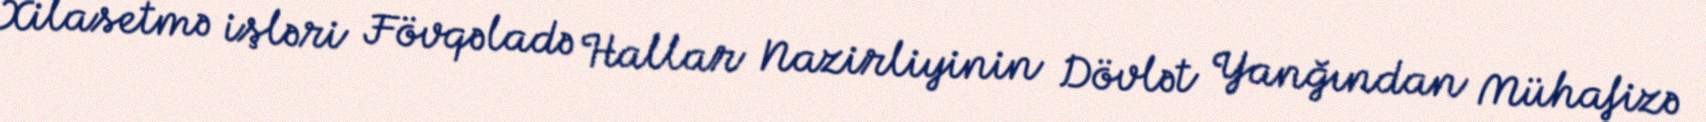
Xilasetmə işləri Fövqəladə Hallar Nazirliyinin Dövlət Yanğından Mühafizə